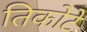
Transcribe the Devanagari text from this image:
तिकोटे